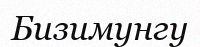
Бизимунгу